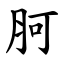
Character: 胢